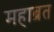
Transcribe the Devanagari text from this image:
महाब्रत